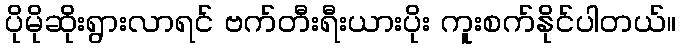
ပိုမိုဆိုးရွားလာရင် ဗက်တီးရီးယားပိုး ကူးစက်နိုင်ပါတယ်။